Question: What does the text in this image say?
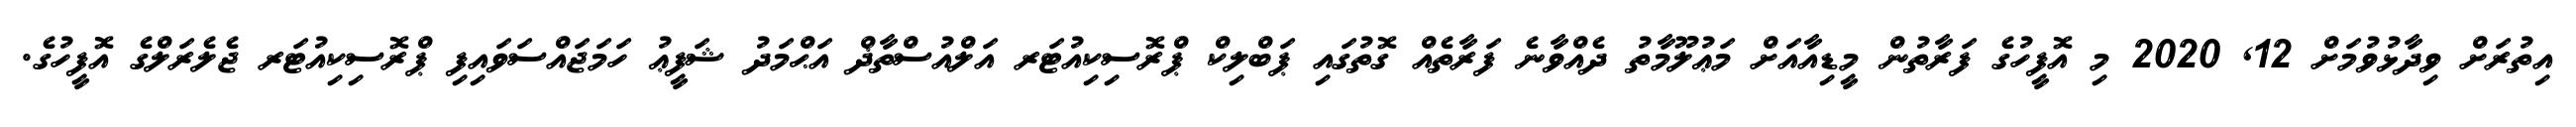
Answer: އިތުރަށް ވިދާޅުވުމަށް 12, 2020 މި އޮފީހުގެ ފަރާތުން މީޑިއާއަށް މަޢުލޫމާތު ދެއްވާނެ ފަރާތެއް ގޮތުގައި ޕަބްލިކް ޕްރޮސިކިއުޓަރ އަލްއުސްތާޛް އަޙްމަދު ޝަފީޢު ހަމަޖައްސަވައިފި ޕްރޮސިކިއުޓަރ ޖެލެރަލްގެ އޮފީހުގެ.